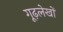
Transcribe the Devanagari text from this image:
गूढ़लेखों